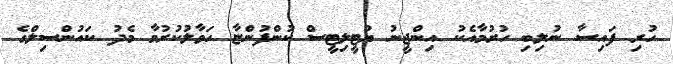
ހުރި ފައިސާ ނުލިބި ހުރުމާއެކު އިންޖީނު ޔުޓީލިޓީސް ކުންފުންޏާ ހަވާލުކުރުމާ މެދު ކައުންސިލްގެ